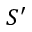
S ^ { \prime }